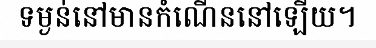
ទម្ងន់នៅមានកំណើននៅឡើយ។